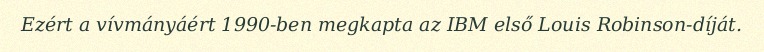
Ezért a vívmányáért 1990-ben megkapta az IBM első Louis Robinson-díját.